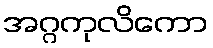
အဂ္ဂကုလိကော